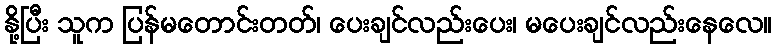
နို့ပြီး သူက ပြန်မတောင်းတတ်၊ ပေးချင်လည်းပေး၊ မပေးချင်လည်းနေလေ။